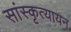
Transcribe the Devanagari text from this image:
सांस्कृत्यायन